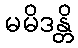
မမိဒန္တိ